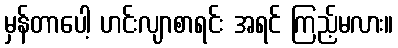
မှန်တာပေါ့ ဟင်းလျာစာရင်း အရင် ကြည့်မလား။